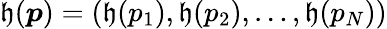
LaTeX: \mathfrak{h}(\boldsymbol{p})=\left(\mathfrak{h}(p_{1}),\mathfrak{h}(p_{2}),\dots,\mathfrak{h}(p_{N})\right)